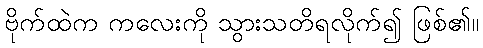
ဗိုက်ထဲက ကလေးကို သွားသတိရလိုက်၍ ဖြစ်၏။